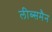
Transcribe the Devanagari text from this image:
लीब्समैन